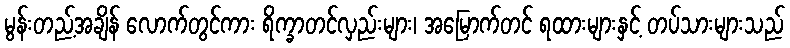
မွန်းတည့်အချိန် လောက်တွင်ကား ရိက္ခာတင်လှည်းများ၊ အမြောက်တင် ရထားများနှင့် တပ်သားများသည်